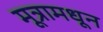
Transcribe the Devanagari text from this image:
मूत्रामधून